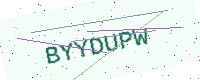
Text: BYYDUPW